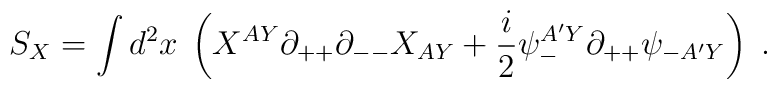
S_X = \int d^2x\; \left( X^{AY}\partial_{++}\partial_{--} X_{AY} +{i\over 2}\psi^{A'Y}_-\partial_{++}\psi_{-A'Y}\right)\; .